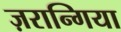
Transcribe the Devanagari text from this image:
ज़रान्गिया